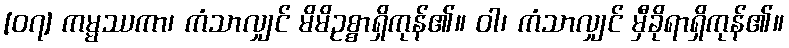
[၀၇] ကမ္မဿကာ၊ ကံသာလျှင် မိမိဥစ္စာရှိကုန်၏။ ဝါ၊ ကံသာလျှင် မှီခိုရာရှိကုန်၏။